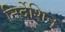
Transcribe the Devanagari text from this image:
निर्देशिन्